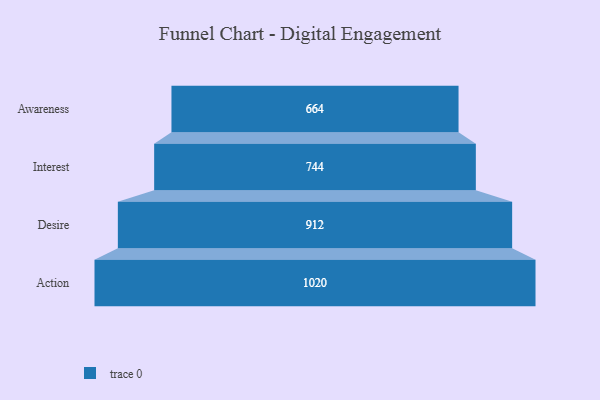
{"axis": {"x": "Stage", "y": "Value"}, "legend": [""], "data": [{"x": "Awareness", "y": 664.0, "type": ""}, {"x": "Interest", "y": 744.0, "type": ""}, {"x": "Desire", "y": 912.0, "type": ""}, {"x": "Action", "y": 1020.0, "type": ""}]}